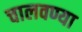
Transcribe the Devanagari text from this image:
चालवण्या